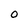
Character: O